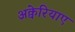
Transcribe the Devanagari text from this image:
अक्वेरियाए